Subject: eess
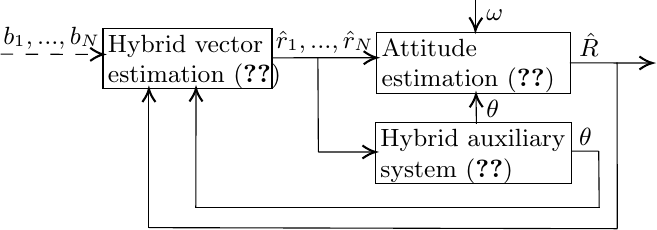
LaTeX code:
		\begin{tikzpicture}[x=0.43pt,y=0.48pt,yscale=-1,xscale=1] \small

			\draw   (100,126) -- (242,126) -- (242,171.27) -- (100,171.27) -- cycle ;
			\draw   (330,129.27) -- (493,129.27) -- (493,175.27) -- (330,175.27) -- cycle ;
			\draw   (329,197.27) -- (493.4,197.27) -- (493.4,243.27) -- (329,243.27) -- cycle ;
			\draw    (243,148.36) -- (328,148.28) ;
			\draw [shift={(330,148.28)}, rotate = 539.94] [color={rgb, 255:red, 0; green, 0; blue, 0 }  ][line width=0.75]    (10.93,-4.9) .. controls (6.95,-2.3) and (3.31,-0.67) .. (0,0) .. controls (3.31,0.67) and (6.95,2.3) .. (10.93,4.9)   ;
			\draw    (280.6,148.36) -- (281,219.28) ;
			\draw    (281,219.28) -- (327,219.24) ;
			\draw [shift={(329,219.24)}, rotate = 539.96] [color={rgb, 255:red, 0; green, 0; blue, 0 }  ][line width=0.75]    (10.93,-4.9) .. controls (6.95,-2.3) and (3.31,-0.67) .. (0,0) .. controls (3.31,0.67) and (6.95,2.3) .. (10.93,4.9)   ;
			\draw    (492.4,152.15) -- (559.75,152.27) ;
			\draw [shift={(561.75,152.27)}, rotate = 180.1] [color={rgb, 255:red, 0; green, 0; blue, 0 }  ][line width=0.75]    (10.93,-4.9) .. controls (6.95,-2.3) and (3.31,-0.67) .. (0,0) .. controls (3.31,0.67) and (6.95,2.3) .. (10.93,4.9)   ;
			\draw    (493.9,218.65) -- (516.6,218.6) ;
			\draw    (516.6,218.6) -- (517,261.28) ;
			\draw    (178,261.28) -- (517,261.28) ;
			\draw    (178,261.28) -- (178.2,173.4) ;
			\draw [shift={(178.2,171.4)}, rotate = 450.13] [color={rgb, 255:red, 0; green, 0; blue, 0 }  ][line width=0.75]    (10.93,-4.9) .. controls (6.95,-2.3) and (3.31,-0.67) .. (0,0) .. controls (3.31,0.67) and (6.95,2.3) .. (10.93,4.9)   ;
			\draw    (532,151.77) -- (532.2,277) ;
			\draw    (138.6,276.2) -- (532.2,277) ;
			\draw    (138.6,276.2) -- (138.6,173.8) ;
			\draw [shift={(138.6,171.8)}, rotate = 450] [color={rgb, 255:red, 0; green, 0; blue, 0 }  ][line width=0.75]    (10.93,-4.9) .. controls (6.95,-2.3) and (3.31,-0.67) .. (0,0) .. controls (3.31,0.67) and (6.95,2.3) .. (10.93,4.9)   ;
			\draw  [dash pattern={on 4.5pt off 4.5pt}]  (14,145.6) -- (100,145.79) ;
			\draw [shift={(100.2,145.8)}, rotate = 180.17] [color={rgb, 255:red, 0; green, 0; blue, 0 }  ][line width=0.75]    (10.93,-4.9) .. controls (6.95,-2.3) and (3.31,-0.67) .. (0,0) .. controls (3.31,0.67) and (6.95,2.3) .. (10.93,4.9)   ;
			\draw    (413.8,198.04) -- (413.53,177.75) ;
			\draw [shift={(413.5,175.75)}, rotate = 449.23] [color={rgb, 255:red, 0; green, 0; blue, 0 }  ][line width=0.75]    (10.93,-4.9) .. controls (6.95,-2.3) and (3.31,-0.67) .. (0,0) .. controls (3.31,0.67) and (6.95,2.3) .. (10.93,4.9)   ;
			\draw    (413,105) -- (413,125.86) ;
			\draw [shift={(413,127.86)}, rotate = 271.79] [color={rgb, 255:red, 0; green, 0; blue, 0 }  ][line width=0.75]    (10.93,-4.9) .. controls (6.95,-2.3) and (3.31,-0.67) .. (0,0) .. controls (3.31,0.67) and (6.95,2.3) .. (10.93,4.9)   ;

			\draw (102,129) node [anchor=north west][inner sep=0.75pt]   [align=left] {Hybrid vector\\ estimation \eqref{eqn:hybrid_observer1-2}};
			\draw (332,132.27) node [anchor=north west][inner sep=0.75pt]   [align=left] {Attitude\\ estimation  \eqref{eqn:hybrid_observer1-1}};
			\draw (331,200.27) node [anchor=north west][inner sep=0.75pt]   [align=left] {Hybrid auxiliary\\ system \eqref{eqn:hybrid_dynamics_theta}};
			\draw (14,123) node [anchor=north west][inner sep=0.75pt]   [align=left] {$b_1,...,b_N$};
			\draw (243,126) node [anchor=north west][inner sep=0.75pt]   [align=left] {$\hat{r}_1,...,\hat{r}_N$};
			\draw (498,128) node [anchor=north west][inner sep=0.75pt]   [align=left] {$\hat{R}$};
			\draw (498,199) node [anchor=north west][inner sep=0.75pt]   [align=left] {$\theta$};
			\draw (420,178) node [anchor=north west][inner sep=0.75pt]   [align=left] {$\theta$};
			\draw (420,110) node [anchor=north west][inner sep=0.75pt]   [align=left] {$\omega$};
		\end{tikzpicture}